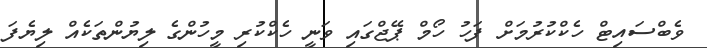
ވެބްސައިޓް ހެކްކުރުމަށް ފަހު ހޯމް ޕޭޖްގައި ވަނީ ހެކްކުރި މީހުންގެ ލިޔުންތަކެއް ލިޔެފަ